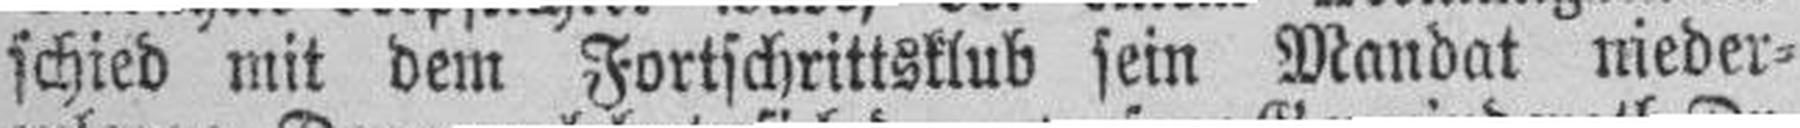
schied mit dem Fortschrittsklub sein Mandat nieder¬